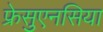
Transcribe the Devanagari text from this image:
फ्रेसुएनसिया